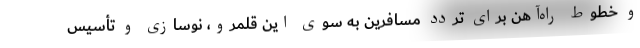
و خطوط راه‌آهن برای تردد مسافرین به سوی این قلمرو، نوسازی و تأسیس